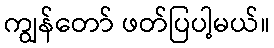
ကျွန်တော် ဖတ်ပြပါ့မယ်။